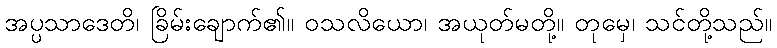
အပ္ပသာဒေတိ၊ ခြိမ်းချောက်၏။ ဝသလိယော၊ အယုတ်မတို့။ တုမှေ၊ သင်တို့သည်။